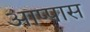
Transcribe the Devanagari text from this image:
आप्पास